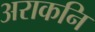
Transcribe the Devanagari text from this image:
अराकनि